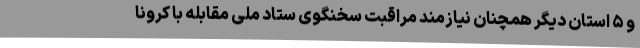
و ۵ استان دیگر همچنان نیازمند مراقبت سخنگوی ستاد ملی مقابله با کرونا